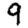
Digit: 9